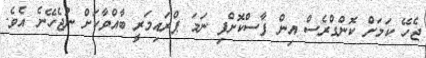
ޖެހޭ ކަމަށް ކޮންގްރެސް އިން ފާސްކޮށްފި ނަމަ ޕްރައިމަރީ ބާއްވާކަށް ނުޖެހޭނެ އެވެ.